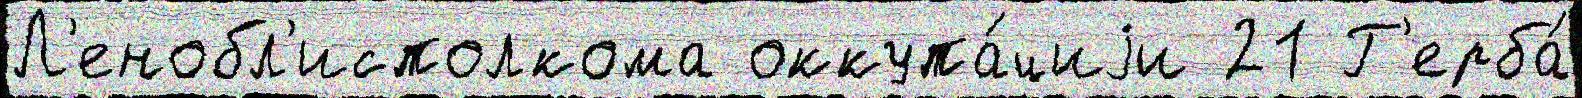
Л'енобл'исполкома оккупа́циjи 21 Г'ерба́